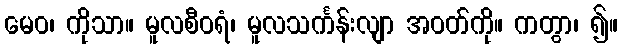
မေဝ၊ ကိုသာ။ မူလစီဝရံ၊ မူလသင်္ကန်းလျာ အဝတ်ကို။ ကတွာ၊ ၍။